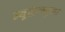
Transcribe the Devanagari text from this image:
न्यूट्रिक्युला